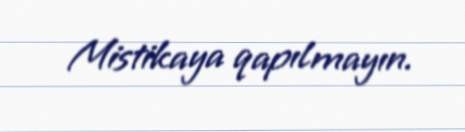
Mistikaya qapılmayın.